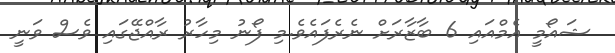
ޝައޯމީ އެމްއައި 6 ބާޒާރަށް ނެރެފައެވެ.މި ފޯނު މިހާރު ރާއްޖޭގައި ވެސް ވަނީ